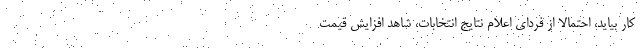
کار بیاید، احتمالاً از فردای اعلام نتایج انتخابات، شاهد افزایش قیمت